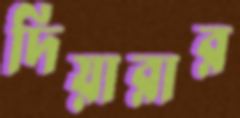
দিয়ারার